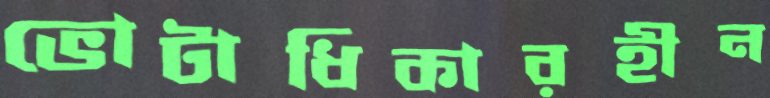
ভোটাধিকারহীন